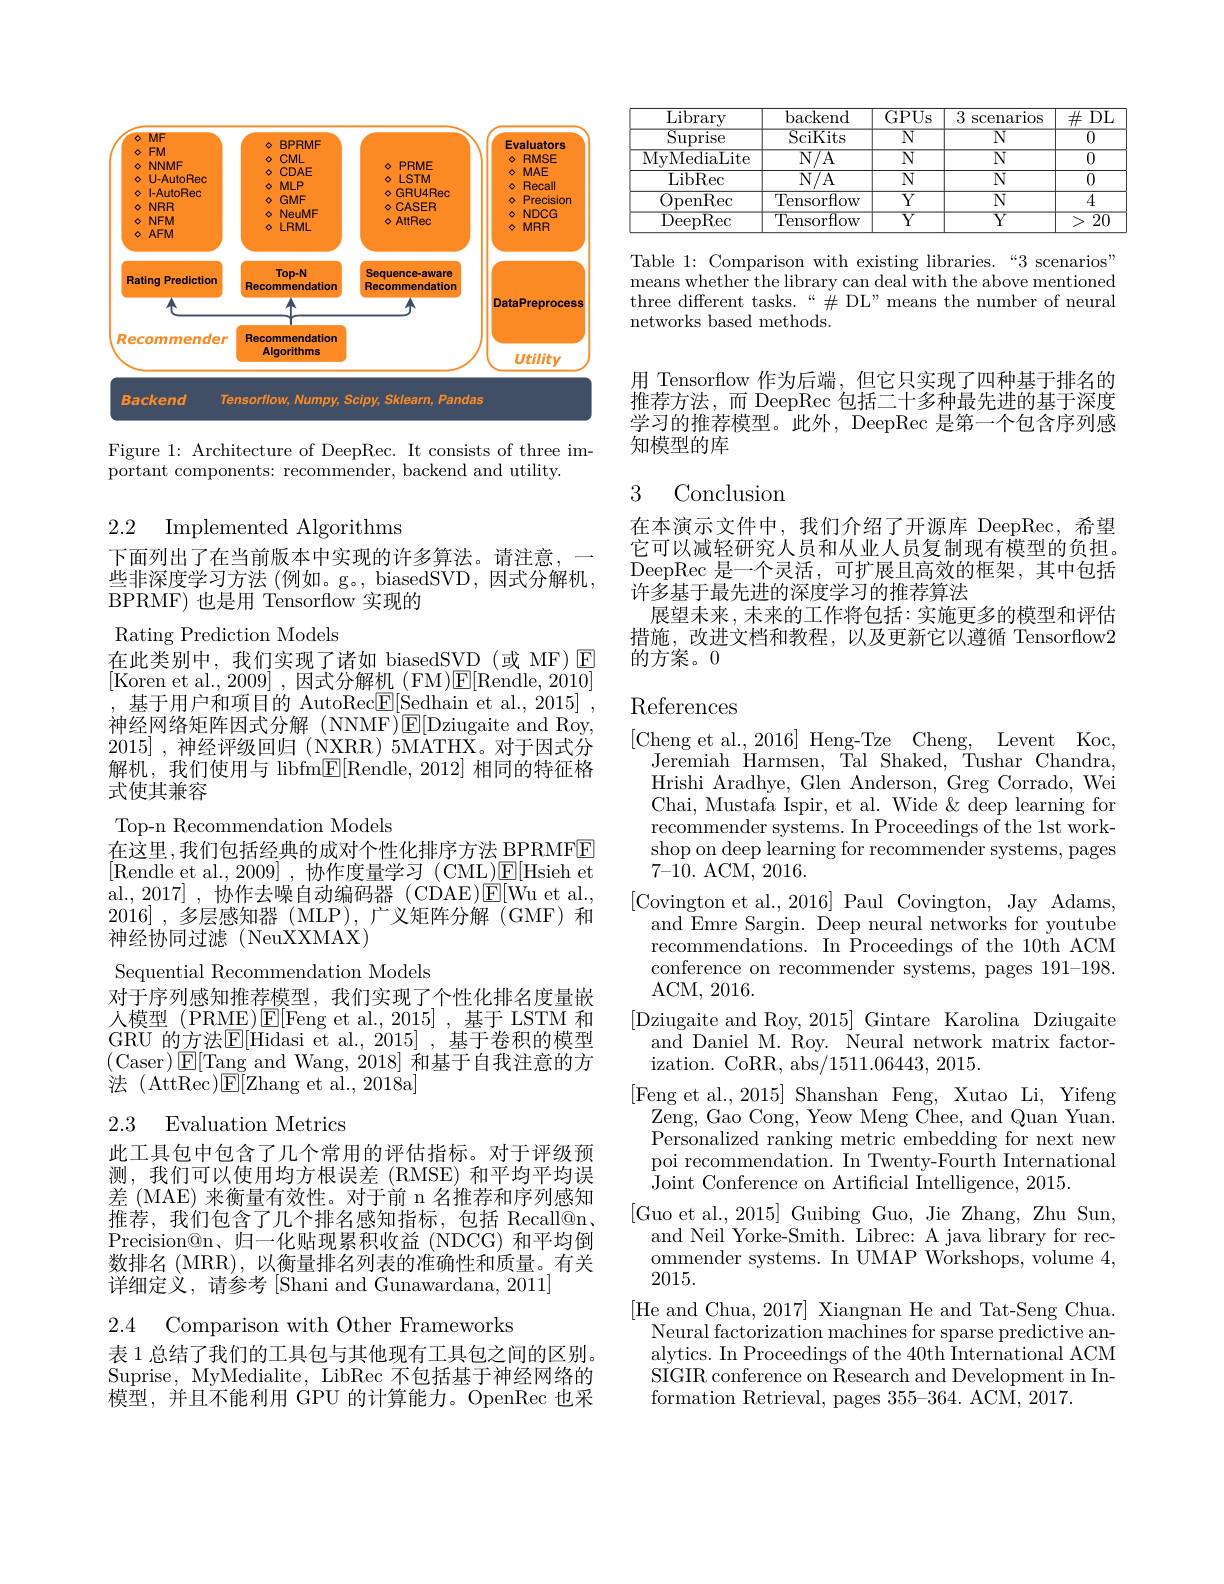
<FigureHere>

Figure 1: Architecture of DeepRec. It consists of three im-
$\bar{\text{portant components: recommender, backend and utility.}}$

2.2 Implemented Algorithms

下面列出了在当前版本中实现的许多算法。请注意，一些非深度学习方法 (例如。g。,biasedSVD,因式分解机， BPRMF)也是用 Tensorflow 实现的
Rating Prediction Models
在此类别中，我们实现了诸如 biasedSVD(或 MF)E [Koren et al., 2009] , 因式分解机 (FM)$\boxed{\mathrm{E}}[$Rendle, 2010] 基于用户和项目的 AutoRec$\underline{\mathrm{F}}[$Sedhain et al., 2015] .
神经网络矩阵因式分解(NNMF)E$[ Dziugaite and Roy$, 2015] ,神经评级回归 (NXRR) 5MATHX。对于因式分解机，我们使用与 libfm$\underline{\mathbb{F}}[$Rendle,2012] 相同的特征格式使其兼容
Top-n Recommendation Models
在这里，我们包括经典的成对个性化排序方法 BPRMFE [Rendle et al., 2009],协作度量学习(CML)☑E[Hsieh et al.,2017],协作去噪自动编码器(CDAE)$\' {E}$[ Wuetal. , 2016] , $\textit{多 层 感 知 器 ( MLP) , 广 义 矩 阵 分 解 ( GMF) 和 }$ 神经协同过滤(NeuXXMAX)
Sequential Recommendation Models
对于序列感知推荐模型，我们实现了个性化排名度量嵌人模型 (PRME)$\operatorname{E}[$Feng et al.,2015],基于 LSTM 和GRU 的方法$\underline{\mathrm{E}}[$Hidasi et al.,2015],基于卷积的模型(Caser$)\boxtimes[$Tang and Wang,2018] 和基于自我注意的方法 (AttRec)$\mathsf{E}[$Zhang et al.,2018a]

## 2.3 Evaluation Metrics

此工具包中包含了几个常用的评估指标。对于评级预测，我们可以使用均方根误差(RMSE)和平均平均误差 (MAE) 来衡量有效性。对于前 n 名推荐和序列感知推荐，我们包含了几个排名感知指标，包括 Recall@n、 Precision@n、归一化贴现累积收益(NDCG) 和平均倒数排名 (MRR),以衡量排名列表的准确性和质量。有关详细定义，请参考[Shani and Gunawardana, 2011]

2.4 Comparison with Other Frameworks

表 1 总结了我们的工具包与其他现有工具包之间的区别。Suprise, MyMedialite, LibRec 不包括基于神经网络的模型，并且不能利用 GPU 的计算能力。OpenRec 也采

<table>
	<tbody>
		<tr>
			<th>$\overline{{\mathrm{Library}}}$</th>
			<th>backend</th>
			<th>GPUs</th>
			<th>3 SCenarios</th>
			<th>$\#$DL</th>
		</tr>
		<tr>
			<td>$\mathop{\mathrm{Suprise}}$</td>
			<td>SciKits</td>
			<td>$\overline{\mathbb{N}}$</td>
			<td>$\overline{\mathrm{N}}$</td>
			<td>$\overline{0}$</td>
		</tr>
		<tr>
			<td>MyMediaLite</td>
			<td>N/ A</td>
			<td>$\overline{N}$</td>
			<td>$\overline{\mathrm{N}}$</td>
			<td>$\overline{0}$</td>
		</tr>
		<tr>
			<td>LibRec</td>
			<td>$N/A$</td>
			<td>$\overline{\mathbb{N}}$</td>
			<td>$N$</td>
			<td>0</td>
		</tr>
		<tr>
			<td>OpenRec</td>
			<td>Tensorflow</td>
			<td>$\overline{Y}$</td>
			<td>$\overline{\mathrm{N}}$</td>
			<td>4</td>
		</tr>
		<tr>
			<td>DeepRec</td>
			<td>Tensorflow</td>
			<td>$\overline{Y}$</td>
			<td>$\overline{{\mathrm{Y}}}$</td>
			<td>$\overline{20}$ ></td>
		</tr>
	</tbody>
</table>

Table 1: Comparison with existing libraries.“3 scenarios” means whether the library can deal with the above mentioned three different tasks.“$\#$DL”means the number of neural networks based methods.

用 Tensorflow 作为后端，但它只实现了四种基于排名的推荐方法，而 DeepRec 包括二十多种最先进的基于深度学习的推荐模型。此外，DeepRec 是第一个包含序列感知模型的库

### 3 Conclusion

在本演示文件中，我们介绍了开源库 DeepRec,希望它可以减轻研究人员和从业人员复制现有模型的负担。DeepRec 是一个灵活，可扩展且高效的框架，其中包括许多基于最先进的深度学习的推荐算法
展望未来，未来的工作将包括：实施更多的模型和评估措施，改进文档和教程，以及更新它以遵循 Tensorflow2的方案。0

## References

[Cheng et al.,2016] Heng-Tze Cheng, Levent Koc,
Jeremiah Harmsen, $\bar{\text{Tal Shaked,}}$Tushar Chandra, Hrishi Aradhye, Glen Anderson, Greg Corrado, Wei Chai, Mustafa Ispir, et al. Wide & deep learning for recommender systems. In Proceedings of the 1st workshop on deep learning for recommender systems, pages 7-10. ACM, 2016.
[Covington et al.,2016] Paul Covington, Jay Adams, and Emre Sargin. Deep neural networks for youtube recommendations. In Proceedings of the 10th ACM conference on recommender systems, pages 191-198. ACM, 2016.
[Dziugaite and Roy, 2015] Gintare Karolina Dziugaite
and Daniel M. Roy. Neural network matrix factor-
ization. CoRR, abs/1511.06443, 2015.
[Feng et al.,2015] Shanshan Feng, Xutao Li, Yifeng
Zeng, Gao Cong, Yeow Meng Chee, and Quan Yuan. Personalized ranking metric embedding for next new poi recommendation. In Twenty-Fourth International Joint Conference on Artificial Intelligence, 2015.
[Guo et al.,2015] Guibing Guo, Jie Zhang, Zhu Sun,
and Neil Yorke-Smith. Librec: A java library for recommender systems. In UMAP Workshops, volume 4, 2015.
[He and Chua, 2017] Xiangnan He and Tat-Seng Chua.
Neural factorization machines for sparse predictive analytics. In Proceedings of the 40th International ACM SIGIR conference on Research and Development in Information Retrieval, pages 355-364. ACM, 2017.